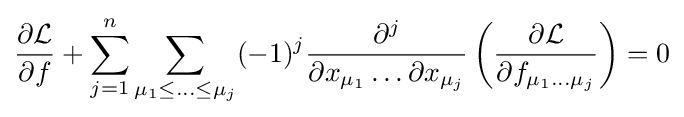
{\frac {\partial {\mathcal {L}}}{\partial f}}+\sum _{j=1}^{n}\sum _{\mu _{1}\leq \ldots \leq \mu _{j}}(-1)^{j}{\frac {\partial ^{j}}{\partial x_{\mu _{1}}\dots \partial x_{\mu _{j}}}}\left({\frac {\partial {\mathcal {L}}}{\partial f_{\mu _{1}\dots \mu _{j}}}}\right)=0